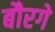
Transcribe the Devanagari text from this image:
बौरगे